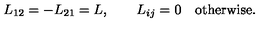
L _ { 1 2 } = - L _ { 2 1 } = L , \qquad L _ { i j } = 0 \quad \mathrm { o t h e r w i s e } .